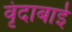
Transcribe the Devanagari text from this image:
वृंदाबाई